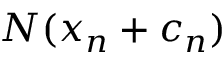
N ( x _ { n } + c _ { n } )